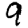
Digit: 9